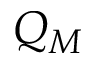
Q _ { M }